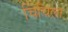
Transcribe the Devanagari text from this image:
चिंचिला